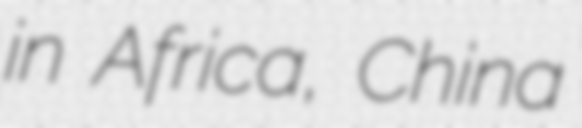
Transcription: in Africa, China